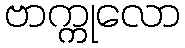
ဗာက္ကုလော